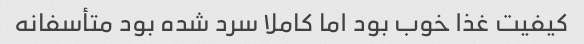
کیفیت غذا خوب بود اما کاملا سرد شده بود متأسفانه